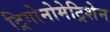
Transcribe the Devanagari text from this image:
ट्रिगोनोमेट्रिशेन